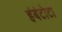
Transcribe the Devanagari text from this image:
हंबंटोटा